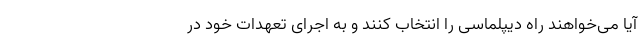
آیا می‌خواهند راه دیپلماسی را انتخاب کنند و به اجرای تعهدات خود در